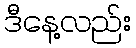
ဒီနေ့လည်း